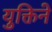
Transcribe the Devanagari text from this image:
युक्तिने